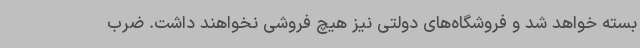
بسته خواهد شد و فروشگاه‌های دولتی نیز هیچ فروشی نخواهند داشت. ضرب